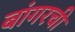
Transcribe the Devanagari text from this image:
बांगरची